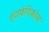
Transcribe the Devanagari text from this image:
एंटार्कटिकोस